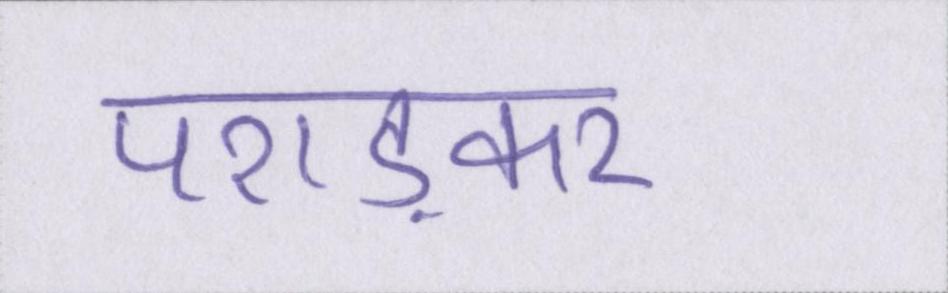
पराड़कर